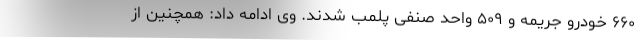
۶۶۰ خودرو جریمه و ۵۰۹ واحد صنفی پلمب شدند. وی ادامه داد: همچنین از